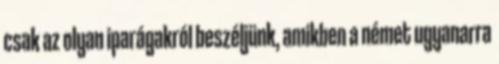
csak az olyan iparágakról beszéljünk, amikben a német ugyanarra